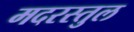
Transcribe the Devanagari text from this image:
मदरस्तुल